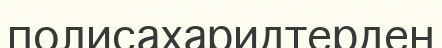
полисахаридтерден